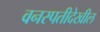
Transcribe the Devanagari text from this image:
वनस्पतीदेखील